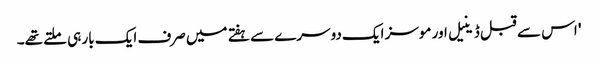
' اس سے قبل ڈینیل اور موسز ایک دوسرے سے ہفتے میں صرف ایک بار ہی ملتے تھے۔